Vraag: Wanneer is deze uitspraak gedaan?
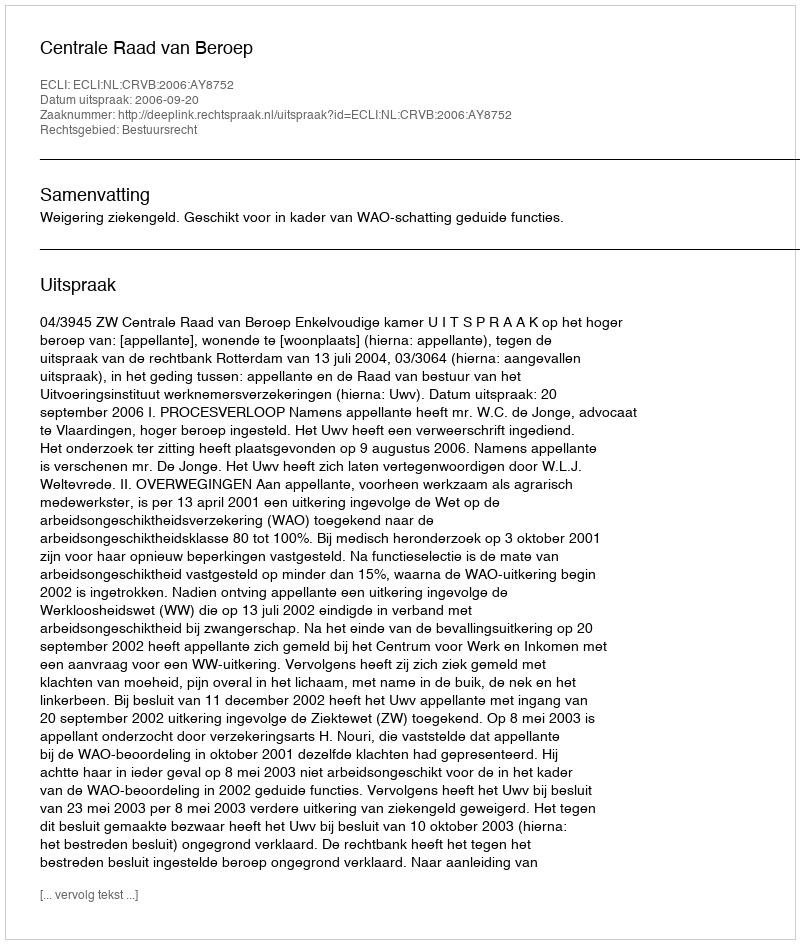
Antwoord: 2006-09-20